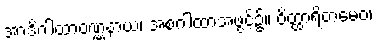
အာဒိဂါထာဝဏ္ဏနာယ၊ အစဂါထာအဖွင့်၌။ ဝိတ္ထာရိတမေဝ၊